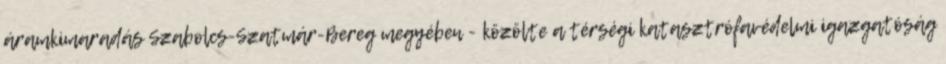
áramkimaradás Szabolcs-Szatmár-Bereg megyében - közölte a térségi katasztrófavédelmi igazgatóság